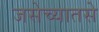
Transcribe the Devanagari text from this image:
जसेच्यातसे